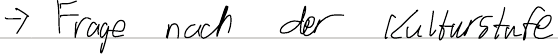
-> Frage nach der Kulturstufe